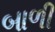
બાળી